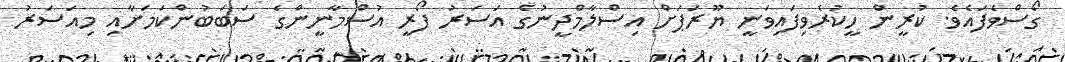
ގޯސްވެފައެވެ. ކުރީން ހީކުރެވިފައިވަނީ ޔޫރަޕަށް އިސްލާމްދީނުގެ އަސަރު ފޯރީ އުސްމާނީންގެ ސަބަބުންކަމަށާއި މިއަސަރު